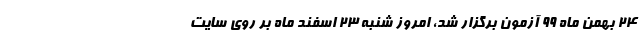
۲۴ بهمن ماه ۹۹ آزمون برگزار شد، امروز شنبه ۲۳ اسفند ماه بر روی سایت